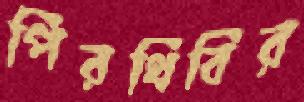
পিরথিবির